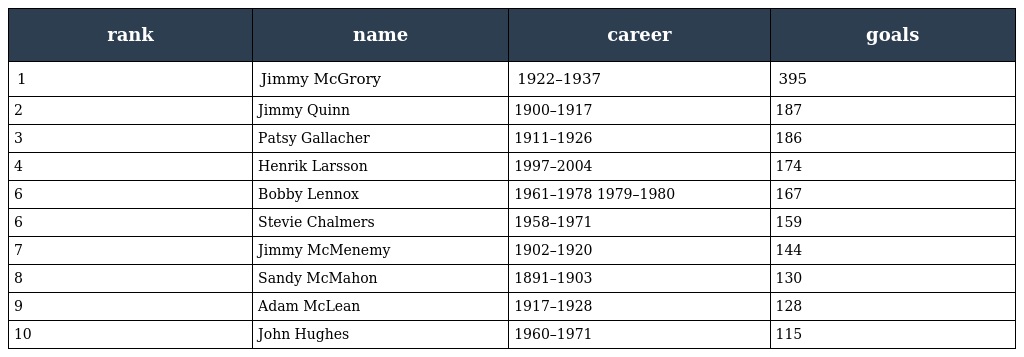
| rank | name | career | goals |
 | --- | --- | --- | --- |
 | 1 | Jimmy McGrory | 1922–1937 | 395 |
 | 2 | Jimmy Quinn | 1900–1917 | 187 |
 | 3 | Patsy Gallacher | 1911–1926 | 186 |
 | 4 | Henrik Larsson | 1997–2004 | 174 |
 | 6 | Bobby Lennox | 1961–1978 1979–1980 | 167 |
 | 6 | Stevie Chalmers | 1958–1971 | 159 |
 | 7 | Jimmy McMenemy | 1902–1920 | 144 |
 | 8 | Sandy McMahon | 1891–1903 | 130 |
 | 9 | Adam McLean | 1917–1928 | 128 |
 | 10 | John Hughes | 1960–1971 | 115 |